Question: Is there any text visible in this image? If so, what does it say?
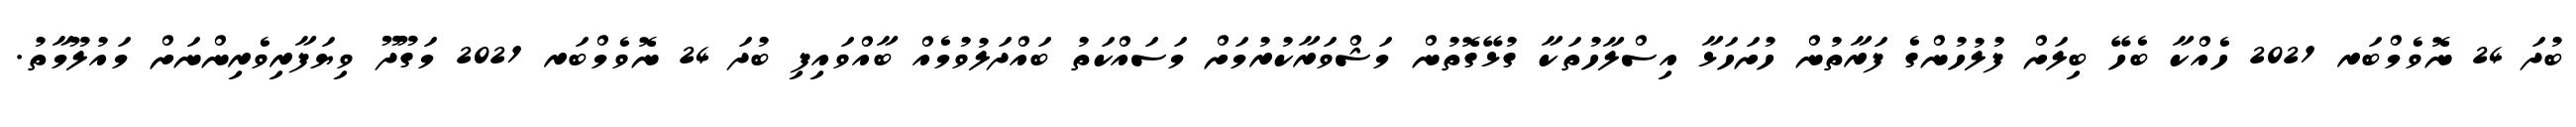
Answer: ބުދަ 24 ނޮވެމްބަރ 2021 ހެއްކާ ބެހޭ ބިލަށް ފުލުހުންގެ ފަރާތުން ހުށަހަޅާ އިސްލާހުތަކާ ގުޅޭގޮތުން މަޝްވަރާކުރުމަށް މަސައްކަތު ބައްދަލުވުމެއް ބާއްވައިފި ބުދަ 24 ނޮވެމްބަރ 2021 މަގޫދޫ ވިޔަފާރިވެރިންނަށް މައުލޫމާތު.